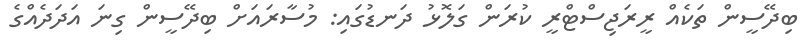
ބިދޭސީން ތަކެއް ރީރަޖިސްޓްރީ ކުރަން ގަލޮޅު ދަނޑުގައި: މުސާރައަށް ބިދޭސީން ގިނަ އަދަދެއްގެ